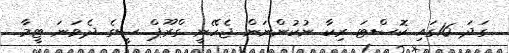
ގަދަ 16ގައި ކޮސްޓަ ރިކާ ނުކުންނަން ޖެހޭނީ ގްރޫޕް ސީގެ ދެވަނަ ޓީމާ